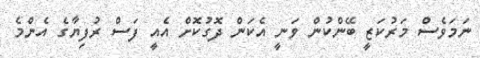
ނަމަވެސް މަރުކަޒީ ބޭންކުން ވަނީ އެކަން ދޮގުކޮށް އެއީ ފަސް ރުފިޔާގެ އެންމެ